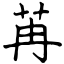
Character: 苒